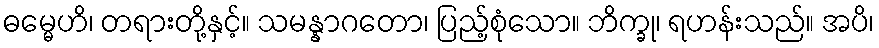
ဓမ္မေဟိ၊ တရားတို့နှင့်။ သမန္နာဂတော၊ ပြည့်စုံသော။ ဘိက္ခု၊ ရဟန်းသည်။ အပိ၊